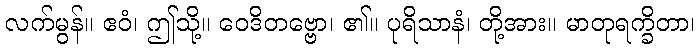
လက်မွန်။ ဧဝံ၊ ဤသို့။ ဝေဒိတဗ္ဗော၊ ၏။ ပုရိသာနံ၊ တို့အား။ မာတုရက္ခိတာ၊